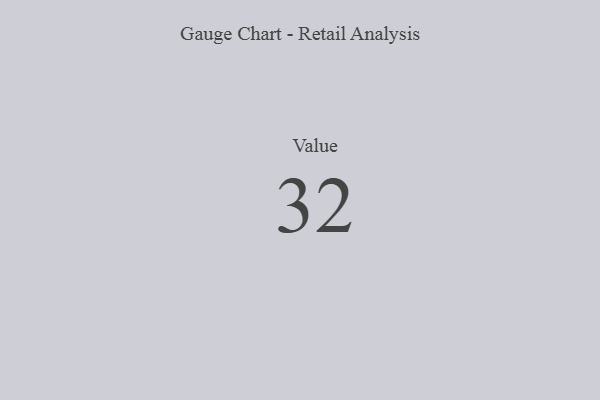
{"axis": {"x": "Metric", "y": "Value"}, "legend": [""], "data": [{"x": "Value", "y": 32, "type": ""}]}